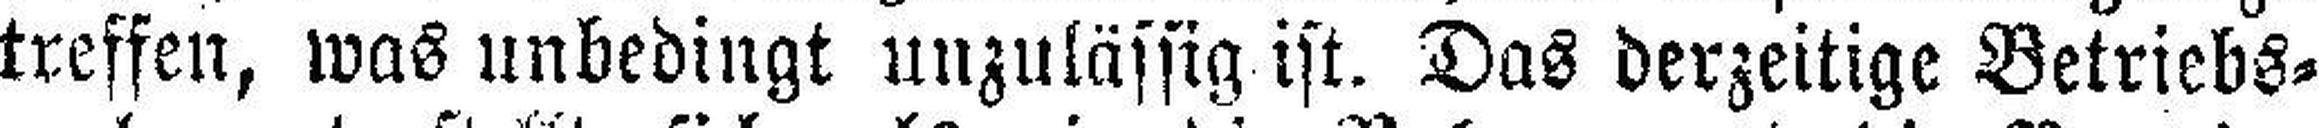
treffen, was unbedingt unzulässig ist. Das derzeitige Betriebs¬